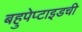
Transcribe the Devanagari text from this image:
बहुपेप्टाइडची